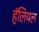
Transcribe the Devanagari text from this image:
हॅलियल